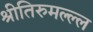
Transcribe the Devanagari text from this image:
श्रीतिरुमल्ल्ल